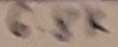
Text: 6.8K